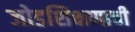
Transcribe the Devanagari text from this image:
जोडशिक्षणाची